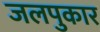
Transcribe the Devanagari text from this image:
जलपुकार